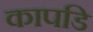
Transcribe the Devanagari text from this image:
कापडि